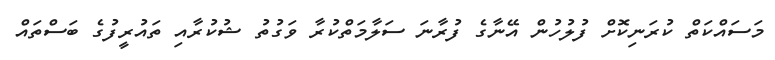
މަސައްކަތް ކުރަނިކޮށް ފުލުހުން އޭނާގެ ފުރާނަ ސަލާމަތްކުރާ ވަގުތު ޝުކުރާއި ތައުރީފުގެ ބަސްތައް